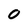
Character: 0